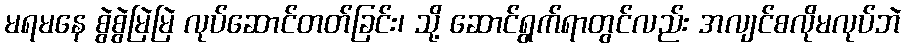
မရမနေ စွဲစွဲမြဲမြဲ လုပ်ဆောင်တတ်ခြင်း၊ သို့ ဆောင်ရွက်ရာတွင်လည်း အလျင်စလိုမလုပ်ဘဲ